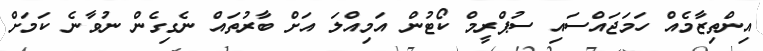
އިންތިޒާމެއް ހަމަޖައްސައި ސުޕްރީމް ކޯޓުން އަމިއްލަ އަށް ބާރުތައް ނެގިގެން ނުވާނެ ކަމަށް